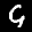
Label: 9